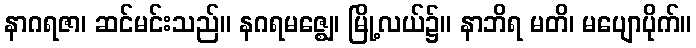
နာဂရဇာ၊ ဆင်မင်းသည်။ နဂရမဇ္ဈေ၊ မြို့လယ်၌။ နာဘိရ မတိ၊ မပျောပိုက်။